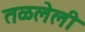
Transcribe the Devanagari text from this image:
तळलेली